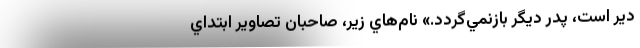
دير است، پدر ديگر بازنمي‌گردد.» نام‌هاي زير، صاحبان تصاوير ابتداي